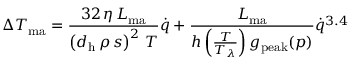
\Delta T _ { \mathrm { m a } } = \frac { 3 2 \, \eta \, L _ { \mathrm { m a } } } { \left( d _ { \mathrm { h } } \, \rho \, s \right) ^ { 2 } \, T } \dot { q } + \frac { L _ { \mathrm { m a } } } { h \left( \frac { T } { T _ { \lambda } } \right) g _ { \mathrm { p e a k } } ( p ) } \dot { q } ^ { 3 . 4 }